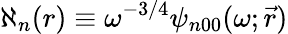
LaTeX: \aleph_{n}(r)\equiv\omega^{-3/4}\psi_{n00}(\omega;\vec{r})